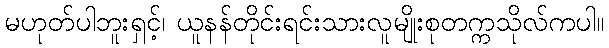
မဟုတ်ပါဘူးရှင့်၊ ယူနန်တိုင်းရင်းသားလူမျိုးစုတက္ကသိုလ်ကပါ။